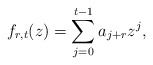
\begin{align*}f_{r,t}(z)=\sum_{j=0}^{t-1}a_{j+r}z^j,\end{align*}